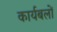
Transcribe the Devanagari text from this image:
कार्यबलों